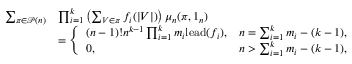
\begin{array} { r l } { \sum _ { \pi \in \mathcal { P } ( n ) } } & { \prod _ { i = 1 } ^ { k } \left( \sum _ { V \in \pi } f _ { i } ( | V | ) \right) \mu _ { n } ( \pi , 1 _ { n } ) } \\ & { = \left\{ \begin{array} { l l } { ( n - 1 ) ! n ^ { k - 1 } \prod _ { i = 1 } ^ { k } m _ { i } \mathrm { l e a d } ( f _ { i } ) , } & { n = \sum _ { i = 1 } ^ { k } m _ { i } - ( k - 1 ) , } \\ { 0 , } & { n > \sum _ { i = 1 } ^ { k } m _ { i } - ( k - 1 ) , } \end{array} \right. } \end{array}